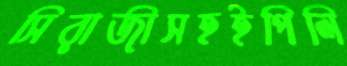
সিরাজীসহইপিলি